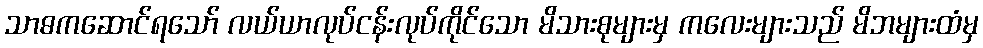
သာဓကဆောင်ရသော် လယ်ယာလုပ်ငန်းလုပ်ကိုင်သော မိသားစုများမှ ကလေးများသည် မိဘများထံမှ